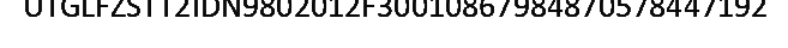
UTGLFZSTT2IDN9802012F30010867984870578447192